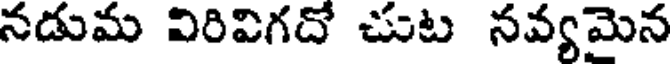
నడుమ విరివిగదో చుట నవ్యమెన